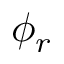
\phi _ { r }